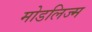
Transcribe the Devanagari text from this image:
मोडलिज्म